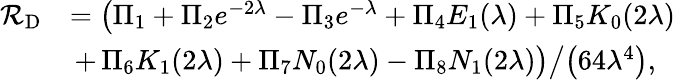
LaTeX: \begin{array}{rl}{\mathcal{R}_{\mathrm{D}}}&{=\big(\Pi_{1}+\Pi_{2}e^{-2\lambda}-\Pi_{3}e^{-\lambda}+\Pi_{4}E_{1}(\lambda)+\Pi_{5}K_{0}(2\lambda)}\\ &{\, \left.+\, \Pi_{6}K_{1}(2\lambda)+\Pi_{7}N_{0}(2\lambda)-\Pi_{8}N_{1}(2\lambda)\big)\middle/\left(64\lambda^{4}\right)\right.,}\end{array}